Lunatic asylums Bombay report 1878-1890 - 1878-1890
Year: 1878
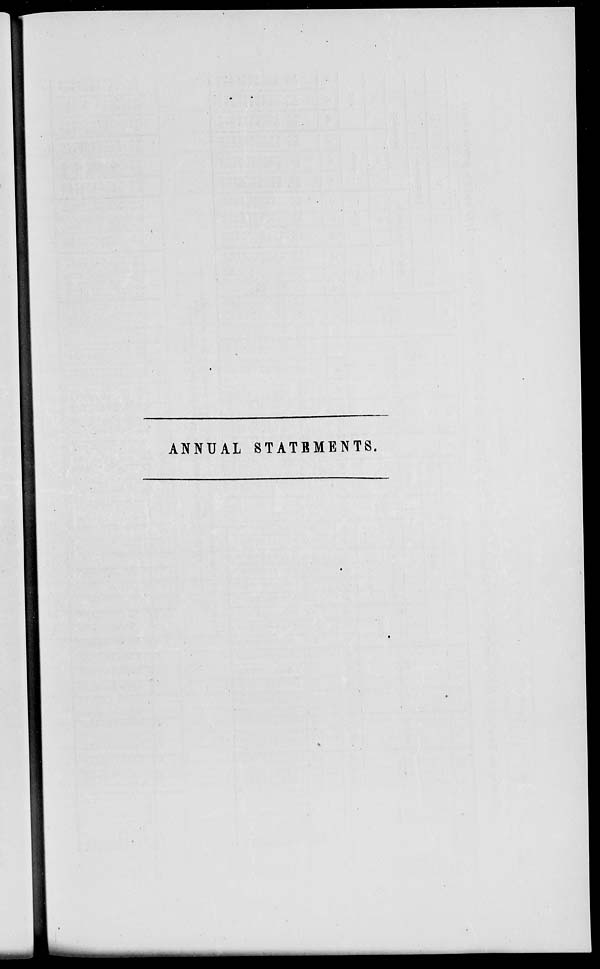
ANNUAL STATEMENTS.